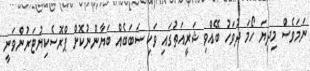
ނަމަވެސް މިދިޔަ ހޯމަ ދުވަހު ބޭއްވި ޝަރީއަތުގައި ވަކި ސަބަބެއް ބަޔާންނުކޮށް ޕްރޮސެކިޔުޓަރުންވަނީ